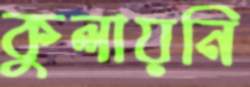
কুলায়নি